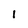
Character: 1